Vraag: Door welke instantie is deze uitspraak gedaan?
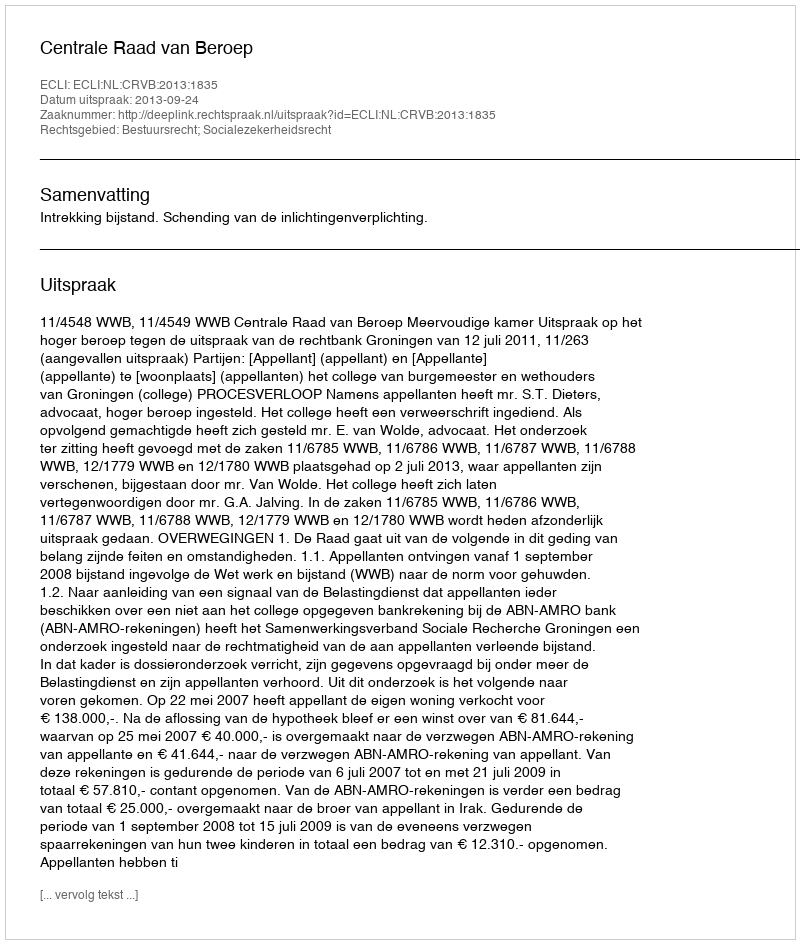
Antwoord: Centrale Raad van Beroep